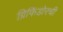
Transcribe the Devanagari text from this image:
ग्रिफिंडोरची